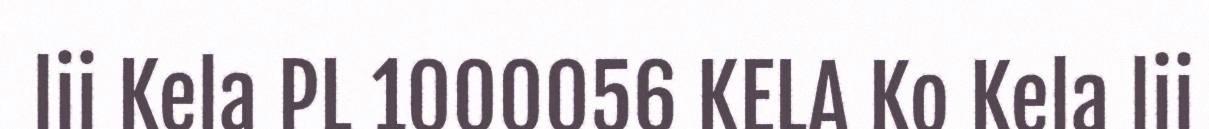
lii Kela PL 1000056 KELA Ko Kela lii